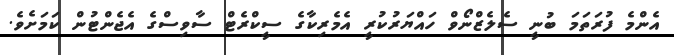
އެންމެ ފުރަތަމަ ބުނީ ސެލެޒްނޯވް ހައްޔަރުކުރީ އެމެރިކާގެ ސީކްރެޓް ސާވިސްގެ އެޖެންޓުން ކަމަށެވެ.